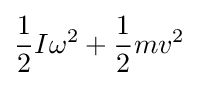
{\frac {1}{2}}I\omega ^{2}+{\frac {1}{2}}mv^{2}